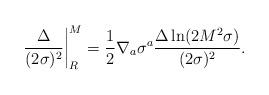
LaTeX: \begin{align*}\left.\frac{\Delta}{(2\sigma)^{2}}\right|_{R}^{M}=\frac{1}{2}\nabla_{a}\sigma^{a}\frac{\Delta\ln(2M^{2}\sigma)}{(2\sigma)^{2}}.\end{align*}